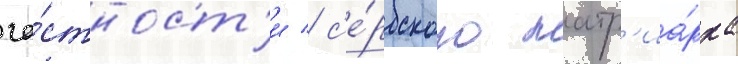
ча́стност'и / с'е́рбского патр'иа́рха